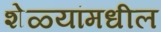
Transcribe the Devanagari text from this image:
शेळ्यांमधील